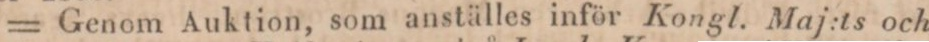
= Genom Auktion, som anställes inför Kongl. Maj:ts och